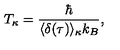
T _ { \kappa } = \frac { \hbar } { \langle \delta ( \tau ) \rangle _ { \kappa } k _ { B } } , \nonumber